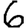
Digit: 6